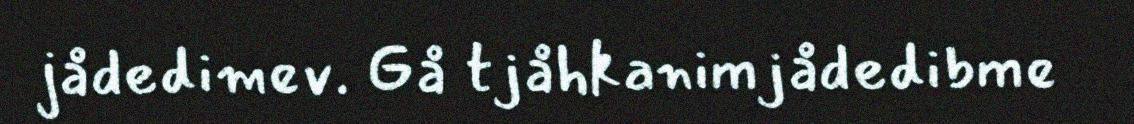
jådedimev. Gå tjåhkanimjådedibme